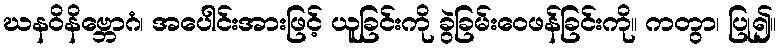
ဃနဝိနိဗ္ဘောဂံ၊ အပေါင်းအားဖြင့် ယူခြင်းကို ခွဲခြမ်းဝေဖန်ခြင်းကို။ ကတွာ၊ ပြု၍။